Report on vaccination in the Province of Bengal - 1874-1889
Year: 1874
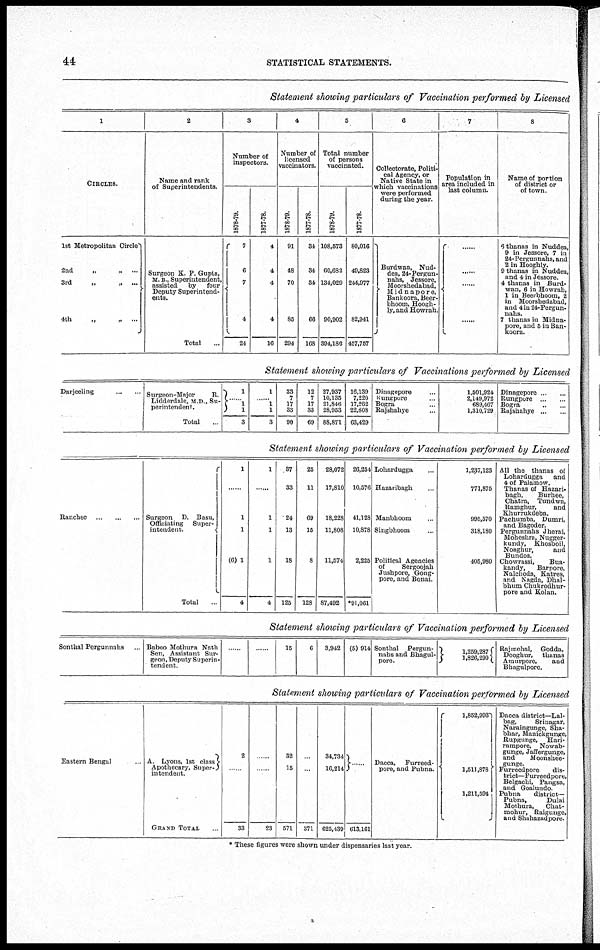
44
STATISTICAL STATEMENTS.
Statement showing particulars of Vaccination performed by Licensed
1
CIRCLES.
1st Metropolitan Circle
2nd
„
„ ...
3rd
„
„ ...
4th
„
„
...
2
Name and rank
of Superintendents.
Surgeon E. P. Gupta,
M. B., Superintendent,
assisted
by
four
Deputy Superintend-
ents.
Total ...
3
Number of
inspectors.
1878-79.
7
6
7
4
24
1877-78.
4
4
4
4
16
4
Number of
licensed
vaccinators.
1878-79.
91
48
70
85
294
1877-78.
34
34
34
66
168
5
Total number
of persons
vaccinated.
1878-79.
108,573
60,682
134,029
90,902
394,186
1877-78.
80,016
49,823
244,977
82,941
457,757
6
Collectorate, Politi-
cal Agency, or
Native State in
which vaccinations
were performed
during the year.
Burdwan, Nud-
dea, 24-Pergun-
nahs, Jessore,
Moorshedabad,
Midnapore.
Bankoora, Beer-
bhoom, Hoogh-
ly, and Howrah.
7
Population in
area included in
last column.
......
......
......
......
8
Name of portion
of district or
of town.
6 thanas in Nuddea,
9 in Jessore, 7 in
24- Pergunnahs, and
2 in Hooghly.
9 thanas in Nuddea,
and 4 in Jessore.
4 thanas in Burd-
wan, 6 in Howrah,
1 in Beerbhoom, 2
in Moorshedabad,
and 4 in 24-Pergun-
nahs.
7 thanas in Midna-
pore, and 5 in Ban-
koora.
Statement shotting particulars of Vaccinations performed by Licensed
Darjeeling ... ...
Surgeon-Major
R.
Lidderdale, M.D., Su-
perintendent.
Total ...
1
...... 1
1
3
1
...... 1
1
3
33
7
17
33
90
12
7
17
33
69
27,937
10,135
21,846
28,953
88,871
16,139
7,220
17,262
22,808
63,429
Dinagepore ...
Rungpore ...
Bogra ...
Rajshahye ...
1,501,924
2,149,972
689,467
1,310,729
Dinagepore ... ...
Rungpore
...
...
Bogra
...
...
Rajshahye ... ...
Statement showing particulars of Vaccination performed by Licensed
Ranchee
...
...
... Surgeon D. Basu,
Officiating
Super-
intendent.
Total ...
1
......
1
1
(6) 1
4
1
......
1
1
1
4
37
33
24
13
18
125
25
11
69
15
8
128
28,072
17,810
18,228
11,808
11,574
87,492
26,254
10,576
41,128
10,878
2,225
*91,061
Lohardugga ...
Hazaribagh ...
Manbhoom ...
Singbhoom ...
Political Agencies
of
Sergoojah
Jushpore, Gong-
pore, and Bonai.
1,237,123
771,875
995,570
318,180
405,980
All the thanas of
Lohardugga
and
4 of Palamow.
Thanas of Hazari-
bagh,
Burhee,
Chatra, Tundwa,
Ramghur,
and
Khurrukdeba.
Pachumba, Dumri,
and Bagoder.
Pergunnahs Jherai,
Moheshra, Nugger-
kundy, Khosboil,
Noaghur,
and
Bundos.
Chowrassi,
Bua-
kandy,
Barpore,
Nalchoda, Katres,
and Nagda, Dhal-
bhum Chukrodhur-
pore and Kolan.
Statement showing particulars of Vaccination performed by Licensed
Sonthal Pergunnahs ...
Baboo Mothura Nath
Sen, Assistant Sur-
geon, Deputy Superin-
tendent.
......
......
15
6
3,942 (5) 914 Sonthal Pergun-
nahs and Bhagul-
pore.
1,259,287
1,826,290
Rajmehal, Godda,
Deoghur,
thanas
Amurpore,
and
Bhagulpore.
Statement showing particulars of Vaccination performed by Licensed
Eastern Bengal ...
A. Lyons, 1st class
Apothecary, Super-
intendent.
GRAND TOTAL ...
2
......
33
......
......
23
32
15
571
...
...
371
34,734
16,214
625,439 613,161
Dacca, Furreed-
pore, and Pubna.
1,852,993
1,511,878
1,211,594
Dacca district—Lal-
bag,
Srinagar,
Naraingunge, Sha-
bhar, Manickgunge,
Rupgunge, Hari-
rampore, Nowab-
gunge, Jaffergunge,
and
Moonshee-
gunge.
Furreedpore
dis-
trict— Furreedpore,
Belgachi, Pangsa,
and Goalundo.
Pubna
district—
Pubna,
Dulai
Mothura,
Chat-
mohur, Raigunge,
and Shuhazadpore.
* These figures were shown under dispensaries last year.